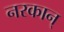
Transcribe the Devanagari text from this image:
नरकान्